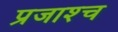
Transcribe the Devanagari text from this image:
प्रजाश्‍च